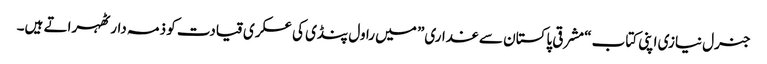
جنرل نیازی اپنی کتاب “مشرقی پاکستان سے غداری” میں راول پنڈی کی عسکری قیادت کو ذمہ دار ٹھہراتے ہیں۔